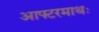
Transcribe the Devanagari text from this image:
आफ्टरमाथः